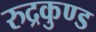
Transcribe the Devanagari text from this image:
रुद्रकुण्ड